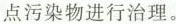
点污染物进行治理。